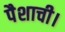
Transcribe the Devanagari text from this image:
पैशाची।